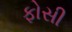
ફોસી